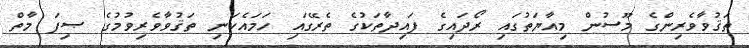
ތަޤުވާވެރިންގެ މޫސުން މިއާޔަތުގައި ރޯދައިގެ ފައިދާތަކުގެ ތެރޭގައި ހަމައެކަނި ތަޤުވާވެރިވުމުގެ ޞިފަ މާތް